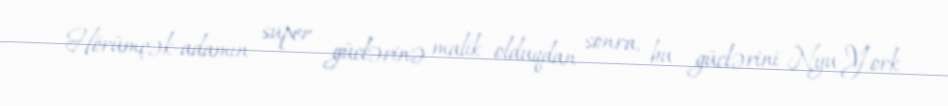
Hörümçək-adamın super güclərinə malik olduqdan sonra, bu güclərini Nyu-York